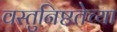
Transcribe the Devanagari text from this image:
वस्तुनिष्ठतेच्या